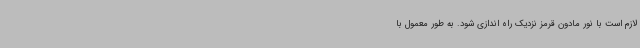
لازم است با نور مادون قرمز نزدیک راه اندازی شود. به طور معمول با